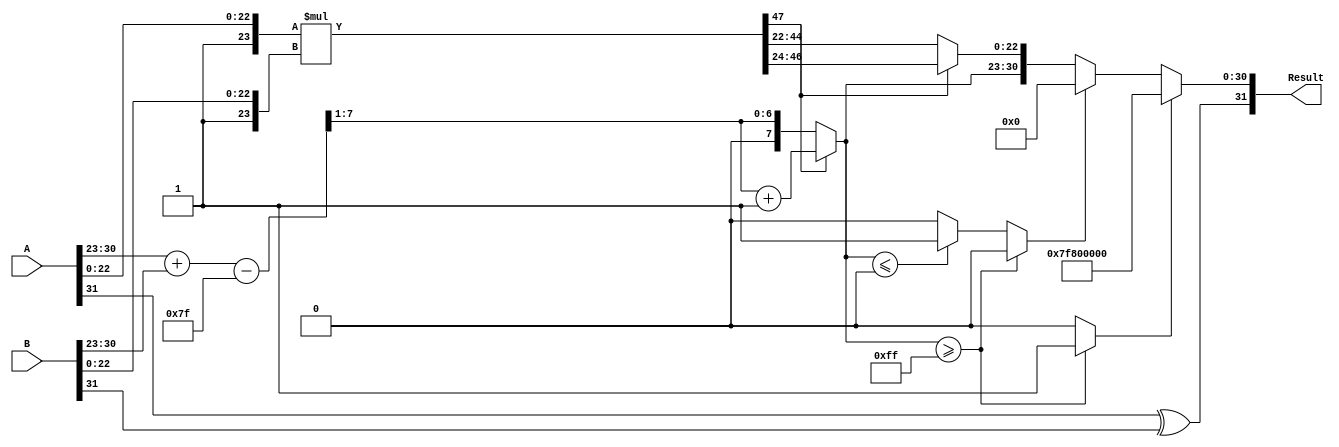
module floating_point_multiplier (
    input  wire [31:0] A, // First 32-bit floating-point number
    input  wire [31:0] B, // Second 32-bit floating-point number
    output reg  [31:0] Result // Resulting 32-bit floating-point product
);

    // Constants
    localparam BIAS = 8'd127;
    localparam EXPONENT_WIDTH = 8;
    localparam FRACTION_WIDTH = 23;

    // Decompose the inputs
    wire S_A = A[31]; // Sign of A
    wire [EXPONENT_WIDTH-1:0] E_A = A[30:23]; // Exponent of A
    wire [FRACTION_WIDTH-1:0] F_A = A[22:0]; // Fraction of A

    wire S_B = B[31]; // Sign of B
    wire [EXPONENT_WIDTH-1:0] E_B = B[30:23]; // Exponent of B
    wire [FRACTION_WIDTH-1:0] F_B = B[22:0]; // Fraction of B

    // Sign calculation
    wire S_R = S_A ^ S_B; // Result sign

    // Exponent calculation
    wire [EXPONENT_WIDTH:0] E_R_temp = {1'b0, E_A} + {1'b0, E_B} - BIAS; // Temporary exponent
    wire [EXPONENT_WIDTH-1:0] E_R = E_R_temp[EXPONENT_WIDTH-1:1]; // Result exponent (adjusted)

    // Fraction multiplication (including implicit leading 1)
    wire [FRACTION_WIDTH+1:0] F_A_ext = {1'b1, F_A}; // Extend F_A with implicit leading 1
    wire [FRACTION_WIDTH+1:0] F_B_ext = {1'b1, F_B}; // Extend F_B with implicit leading 1
    wire [2*FRACTION_WIDTH+2:0] F_R_temp = F_A_ext * F_B_ext; // Multiply fractions

    // Normalization
    reg [FRACTION_WIDTH:0] F_R; // Result fraction (23 bits + 1 for normalization)
    reg [EXPONENT_WIDTH-1:0] E_R_final; // Final exponent after normalization
    reg overflow, underflow;

    always @(*) begin
        // Default values
        F_R = 0;
        E_R_final = 0;
        overflow = 0;
        underflow = 0;

        // Check for normalization
        if (F_R_temp[2*FRACTION_WIDTH+1]) begin
            // Normalized case
            F_R = F_R_temp[2*FRACTION_WIDTH+1:FRACTION_WIDTH+1]; // Shift right
            E_R_final = E_R + 1; // Increment exponent
        end else begin
            // Denormalized case
            F_R = F_R_temp[2*FRACTION_WIDTH:FRACTION_WIDTH-1]; // Keep as is
            E_R_final = E_R; // Exponent remains the same
        end

        // Check for overflow and underflow
        if (E_R_final >= 8'b11111111) begin
            overflow = 1;
        end else if (E_R_final <= 0) begin
            underflow = 1;
        end

        // Assemble the result
        if (overflow) begin
            Result = {S_R, 8'b11111111, 23'b0}; // Set to infinity
        end else if (underflow) begin
            Result = {S_R, 8'b00000000, 23'b0}; // Set to zero
        end else begin
            Result = {S_R, E_R_final, F_R[FRACTION_WIDTH-1:0]}; // Normalized result
        end
    end

endmodule